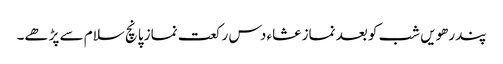
پندرھویں شب کو بعد نماز عشاء دس رکعت نماز پانچ سلام سے پڑھے۔